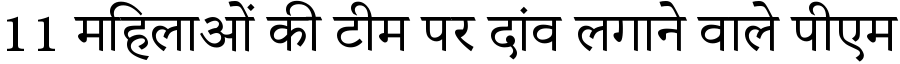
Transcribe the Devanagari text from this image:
11 महिलाओं की टीम पर दांव लगाने वाले पीएम